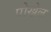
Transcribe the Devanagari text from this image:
पोख्रेल